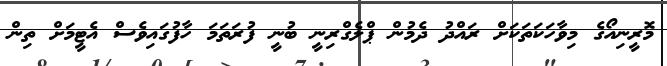
މޮރީނިއޯގެ މިވާހަކަތަކަށް ރައްދު ދެމުން ޕްލެގްރިނީ ބުނީ ފުރަތަމަ ހާފުގައިވެސް އެޓީމަށް ތިން